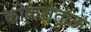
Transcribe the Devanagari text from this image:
कोकशेताऊ